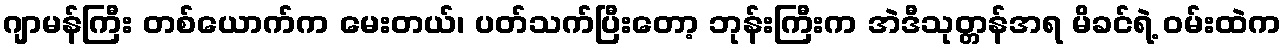
ဂျာမန်ကြီး တစ်ယောက်က မေးတယ်၊ ပတ်သက်ပြီးတော့ ဘုန်းကြီးက အဲဒီသုတ္တန်အရ မိခင်ရဲ့ ဝမ်းထဲက